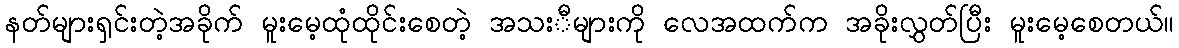
နတ်များရှင်းတဲ့အခိုက် မူးမေ့ထုံထိုင်းစေတဲ့ အသးီများကို လေအထက်က အခိုးလွှတ်ပြီး မူးမေ့စေတယ်။